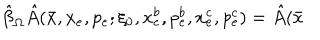
LaTeX: \hat { \beta } _ { \Omega } \hat { A } ( \bar { x } , x _ { e } , p _ { e } ; \xi _ { 0 } , x _ { e } ^ { b } , p _ { e } ^ { b } , x _ { e } ^ { c } , p _ { e } ^ { c } ) = \hat { A } ( \bar { x }